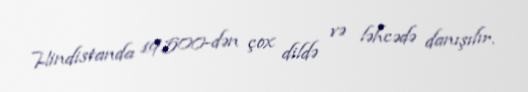
Hindistanda 19.500-dən çox dildə və ləhcədə danışılır.